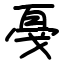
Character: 戞